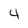
Character: 4